Report of the Lahore Medical School Hospital
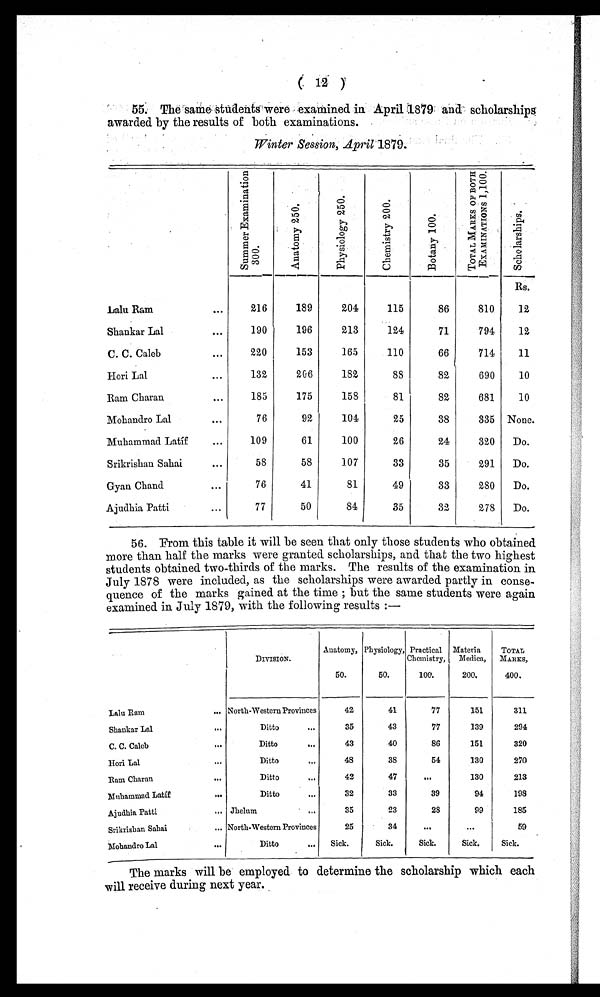
( 12 )
55. The same students were examined in April 1879 and scholarships
awarded by the results of both examinations.
Winter Session, April 1879.
S u m m e r E x a m i n a t i o n 3 0 0 .
A n a t o m y 2 5 0 .
P h y s i o l o g y 2 5 0 .
C h e m i s t r y 2 0 0 .
B o t a n y 1 0 0 .
T O T A L M A R K S O F B O T H E X A M I N A T I O N S 1 , 1 0 0 .
S c h o l a r s h i p s .
Rs.
Lalu Ram
•••
216
189
204
115
86
810
12
Shankar Lal
•••
190
196
213
124
71
794
12
C. C. Caleb
••
220
153
165
110
66
714
11
Hori Lal
132
206
182
88
82
690
10
Ram Charan
185
175
158
81
82
681
10
Mohandro Lal
76
92
104
25
38
335 None.
Muhammad Latíf
...
109
61
100
26
24
320
Do.
Srikrishan Sahai
58
58
107
33
35
291
Do.
Gyan Chand
76
41
81
49
33
280
Do.
Ajudhia Patti
77
50
84
35
32
278
Do.
56. From this table it will be seen that only those students who obtained
more than half the marks were granted scholarships, and that the two highest
students obtained two-thirds of the marks. The results of the examination in
July 1878 were included, as the scholarships were awarded partly in conse--
quence of the marks gained at the time ; but the same students were again
examined in July 1879, with the following results :—
DIVISION.
Anatomy,
50.
Physiology,
50.
Practical
Chemistry,
100.
Materia
Nedica,
200.
T O T A L
MARKS,
400.
Lalu Ram
... North-Western Provinces
42
41
77
151
311
Shankar Lal...
Ditto
35
43
77
139
294
C. C. Caleb
Di t t o
43
40
86
151
320
Hori Lal
Ditto
48
38
54
130
270
Ram Charan
Ditto
4 2
47
...
130
213
Muhammad Latíf
Ditto
32
33
39
94
198
Ajudhia Patti
... Jhelum
3 5
23
28
99
185
Srikrishan Sahai
... North-Western Provinces
25
34
. . .
. . .
59
Mohandro Lal
Ditto
...
Sick.
Sick.
Sick.
Sick.
Sick.
The marks will be employed to determine the scholarship which each
will receive during next year.